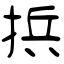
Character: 捠